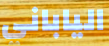
الياباني